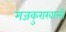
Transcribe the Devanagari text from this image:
मजकुराखाली